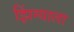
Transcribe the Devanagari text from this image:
झिंग्याला